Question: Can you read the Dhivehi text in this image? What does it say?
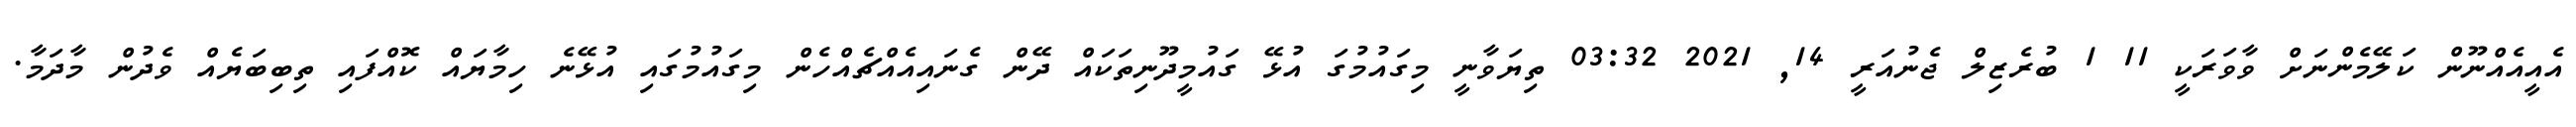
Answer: އެއީއެއްނޫން ކަލޭމެންނަށް ވާވަރަކީ 11 1 ބުރެޒިލް ޖެނުއަރީ 14, 2021 03:32 ތިޔަވާނީ މިގައުމުގަ އުޅޭ ގައުމީދޫނިތަކައް ދޭން ގެނައިއެއްޗެއްހެން މިގައުމުގައި އުޅޭނެ ހިމާޔައް ކޮއްފައި ތިބިބަޔެއް ވެދުން މާދަމާ.